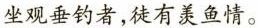
坐观垂钓者，徒有羡鱼情。